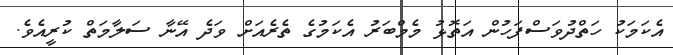
އެކަމަކު ހަތްދުވަސްފަހުން އަތޮޅު މެމްބަރު އެކަމުގެ ތެރެއަށް ވަދެ އޭނާ ސަލާމަތް ކުރީއެވެ.